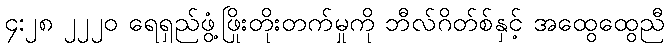
၄:၂၈ ၂၂၂၀ ရေရှည်ဖွံ့ဖြိုးတိုးတက်မှုကို ဘီလ်ဂိတ်စ်နှင့် အထွေထွေညီ